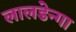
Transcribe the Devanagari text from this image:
लालडेन्गा